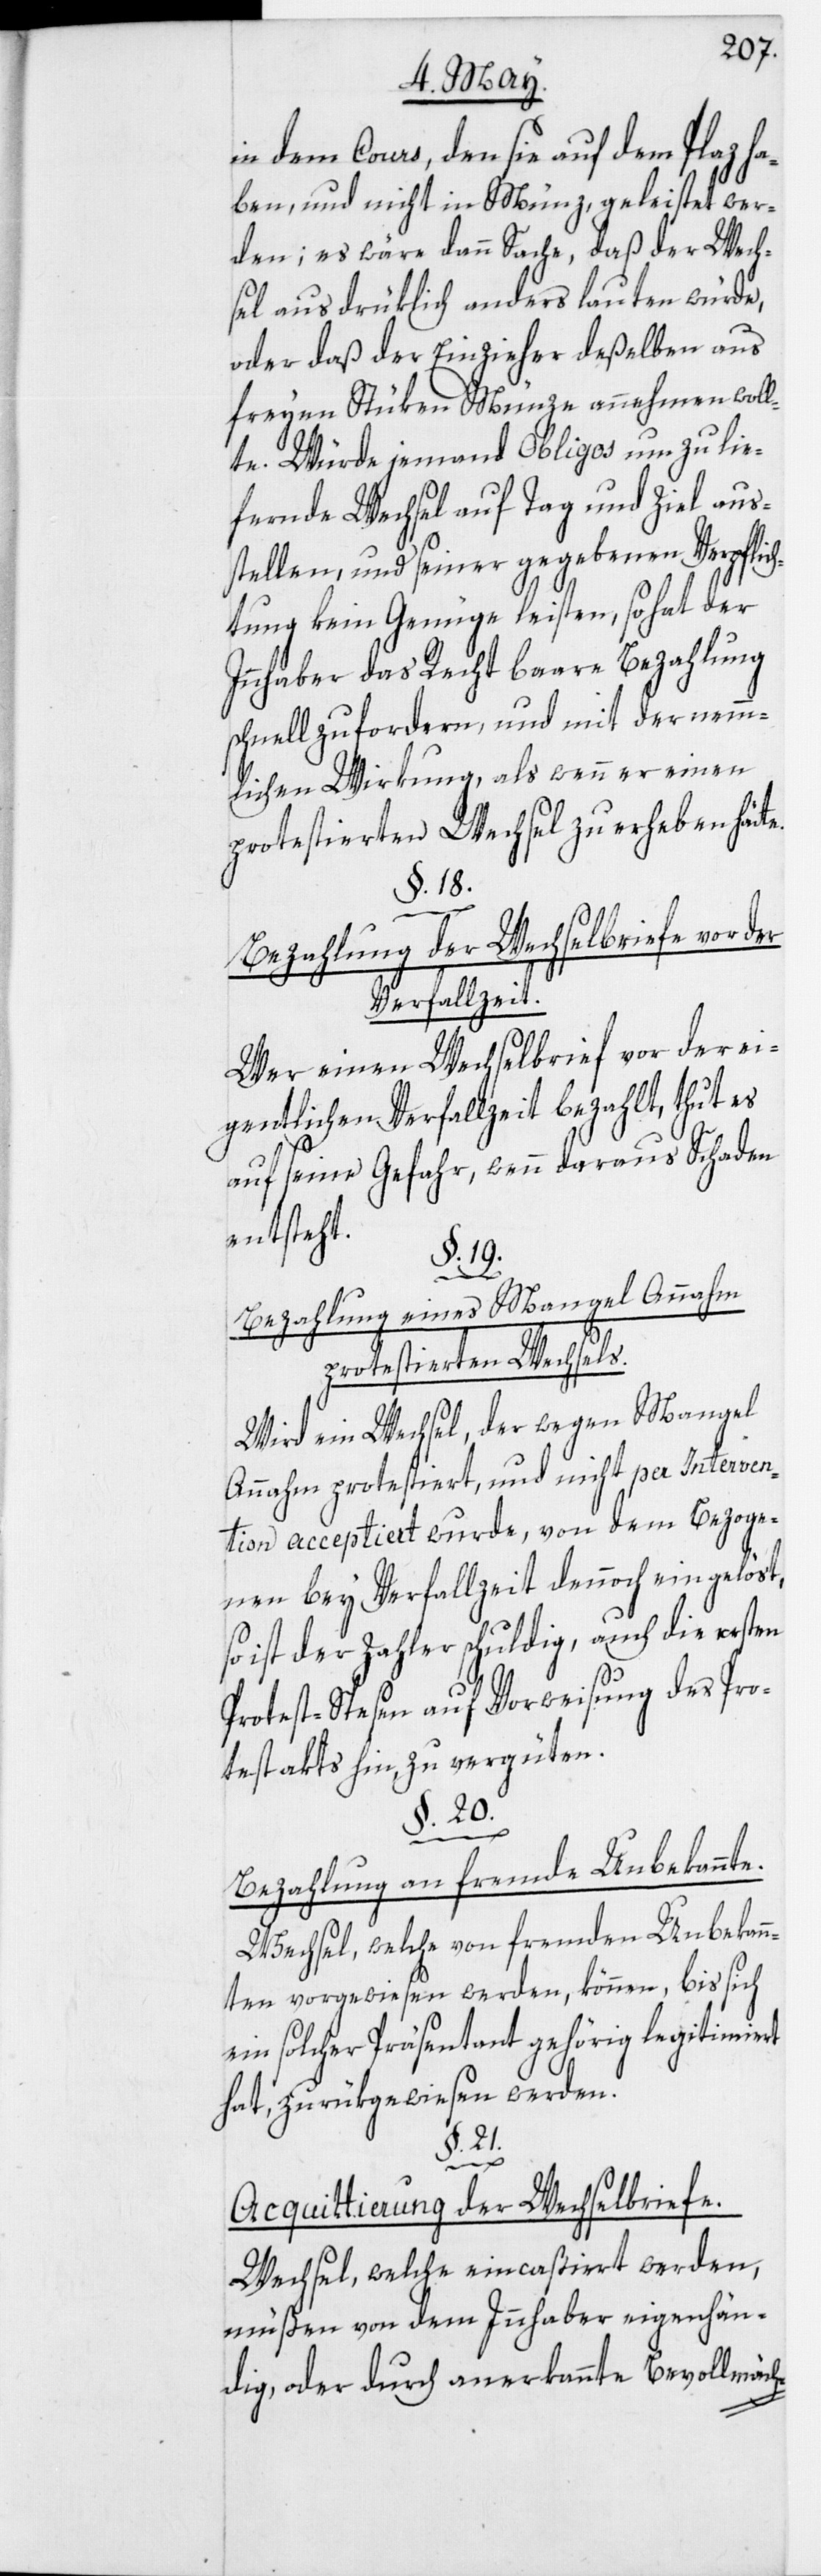
in dem Cours, den sie auf dem Plaz ha¬
ben, und nicht in Münz, geleistet wer¬
den; es wäre dann Sache, daß der Wech¬
sel ausdrüklich anders lauten würde,
oder daß der Einzieher deßelben aus
freyen Stüken Münze annehmen woll¬
te. Würde jemand Obligos um zu lie¬
fernde Wechsel auf Tag und Ziel aus¬
stellen, und seiner gegebenen Verpflich¬
tung kein Genüge leisten, so hat der
Innhaber das Recht baare Bezahlung
schnell zu fordern, und mit der nemm¬
lichen Wirkung, als wenn er einen
protestierten Wechsel zu erheben hät¬
§. 18.
Bezahlung der Wechselbriefe vor der
Verfallzeit.
Wer einen Wechselbrief vor der ei¬
gentlichen Verfallzeit bezahlt, thut es
auf seine Gefahr, wenn daraus Schaden
entsteht.
§. 19.
te.
Bezahlung eines Mangel Annahm
protestierten Wechsels.
Wird ein Wechsel, der wegen Mangel
Annahm protestiert, und nicht per Interven¬
tion acceptiert wurde, von dem Bezoge¬
nen bey Verfallzeit dennoch eingelöst,
so ist der Zahler schuldig, auch die
Protest-Spesen auf Vorweisung des Pro¬
testakts hin, zu vergüten.
§. 20.
Bezahlung an fremde Unbekannte.
Wechsel, welche von fremden Unbekan¬
nten vorgewiesen werden, können, bis sich
ein solcher Präsentant gehörig legitimiert
hat, zurükgewiesen werden.
§. 21.
Acquittierung der Wechselbriefe.
Wechsel, welche eincaßiert werden,
müßen von dem Innhaber eigenhän¬
dig, oder durch anerkannte Bevollmäch-